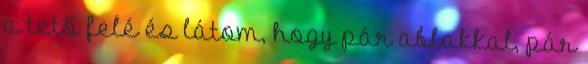
a tető felé és látom, hogy pár ablakkal, pár